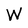
Character: W